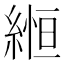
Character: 縆